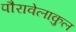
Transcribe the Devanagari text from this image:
पौरावेलाकुल